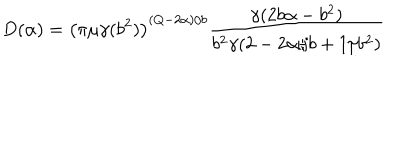
D ( \alpha ) = \left( \pi \mu \gamma ( b ^ { 2 } ) \right) ^ { ( Q - 2 \alpha ) / b } \frac { \gamma ( 2 b \alpha - b ^ { 2 } ) } { b ^ { 2 } \gamma ( 2 - 2 \alpha / b + 1 / b ^ { 2 } ) }